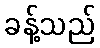
ခန့်သည်